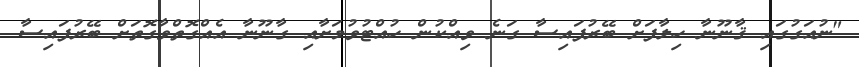
"ނުއަގުގައި ޤާނޫނާ ހިލާފަށް ބޭރުފައިސާ ގަނެ ވިއްކުން ހުއްޓުވުމަށާއި ގާނޫނާ އެއްގޮތްވާގޮތަށް ބޭރުފައިސާ